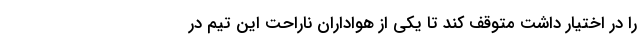
را در اختیار داشت متوقف کند تا یکی از هواداران ناراحت این تیم در